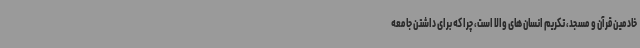
خادمین قرآن و مسجد، تکریم انسان های والا است، چرا که برای داشتن جامعه